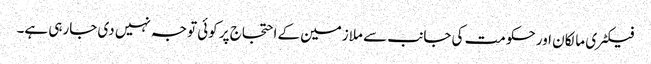
فیکٹری مالکان اور حکومت کی جانب سے ملازمین کے احتجاج پر کوئی توجہ نہیں دی جارہی ہے۔